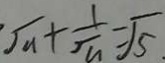
\sqrt { a } + \frac { 1 } { \sqrt { a } } = \sqrt { 5 }